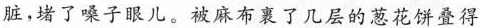
脏，堵了嗓子眼儿。被麻希裹了几层的葱花饼叠得